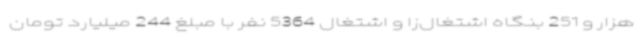
هزار و 251 بنگاه اشتغال‌زا و اشتغال 5364 نفر با مبلغ 244 میلیارد تومان